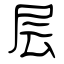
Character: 层